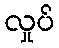
လှုပ်